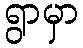
ရွာမှာ